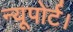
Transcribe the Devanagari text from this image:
न्यूपोर्ट।